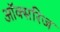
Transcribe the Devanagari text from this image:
ऑक्सरिज